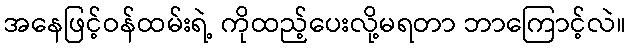
အနေဖြင့်ဝန်ထမ်းရဲ့ ကိုထည့်ပေးလို့မရတာ ဘာကြောင့်လဲ။